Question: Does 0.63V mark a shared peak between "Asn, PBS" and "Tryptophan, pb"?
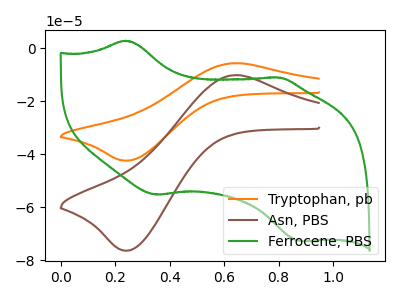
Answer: <think>The orange curve "Tryptophan, pb" has an anodic peak at (0.65V, -5.65uA) and a cathodic peak at (0.25V, -42.35uA). The brown curve "Asn, PBS" has an anodic peak at (0.65V, -10.20uA) and a cathodic peak at (0.25V, -76.30uA). The green curve "Ferrocene, PBS" has anodic peaks at (0.25V, 2.85uA) (0.80V, -11.05uA) and cathodic peaks at (0.35V, -55.20uA) (0.90V, -72.70uA).</think>
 <answer>Yes, "Asn, PBS" and "Tryptophan, pb" share a peak at 0.63V.</answer>
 <eval>match</eval>